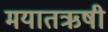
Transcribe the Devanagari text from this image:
मयातऋषी